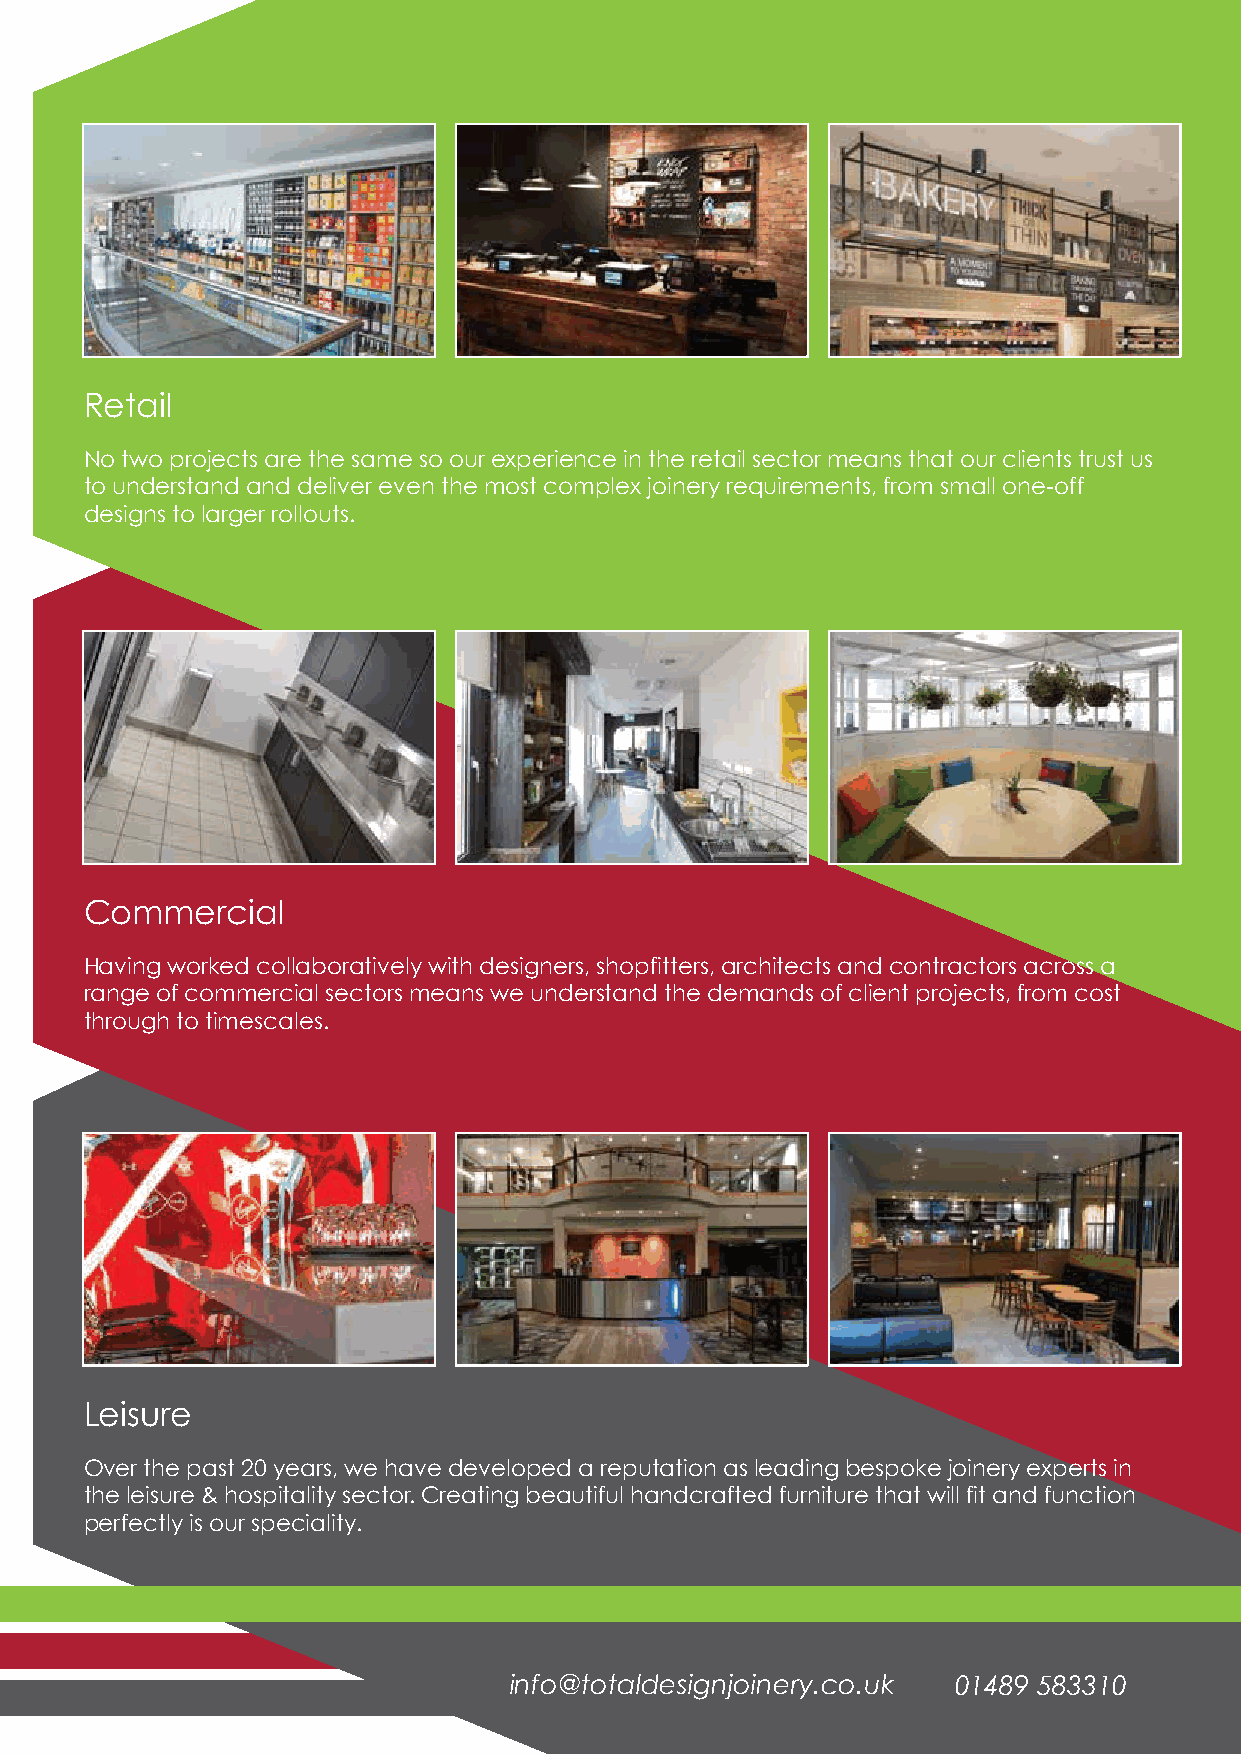
Retail
 No two projects are the same so our experience in the retail sector means that our clients trust us
 to understand and deliver even the most complex joinery requirements, from small one-off
 designs to larger rollouts.
 Commercial
 Having worked collaboratively with designers, shopfitters, architects and contractors across a
 range of commercial sectors means we understand the demands of client projects, from cost
 through to timescales.
 Leisure
 Over the past 20 years, we have developed a reputation as leading bespoke joinery experts in
 the leisure & hospitality sector. Creating beautiful handcrafted furniture that will fit and function
 perfectly is our speciality.
 info@totaldesignjoinery.co.uk 01489 583310